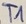
Text: T1